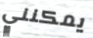
يمكنني